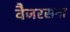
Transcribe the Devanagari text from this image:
वैजरसना